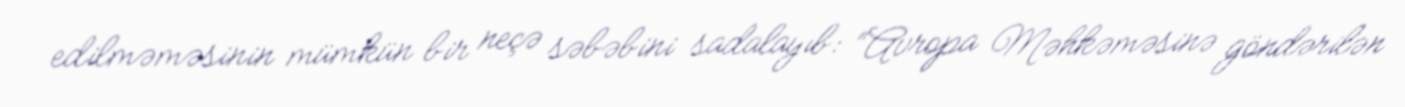
edilməməsinin mümkün bir neçə səbəbini sadalayıb: “Avropa Məhkəməsinə göndərilən